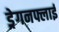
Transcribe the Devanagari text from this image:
ड्रेगनफ्लाई